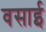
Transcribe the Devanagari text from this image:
वसाई